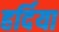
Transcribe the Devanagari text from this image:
हर्दिया